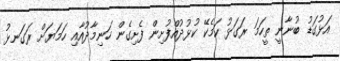
އަޅުގަޑު ބުނާނީ ތީހަމަ ރަގަޅު ކަމެކޭ ކުޅުދުއްފުށިން ފެށިގެން ހަނިމާދުއާއި ހަމަޔަށް ރަގަނޅު